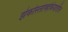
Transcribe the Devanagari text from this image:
झेकोस्लोव्हेकियातील